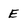
Character: E